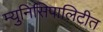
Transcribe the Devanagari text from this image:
म्युनिसिपालिटीत